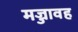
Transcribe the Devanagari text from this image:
मज्जावह